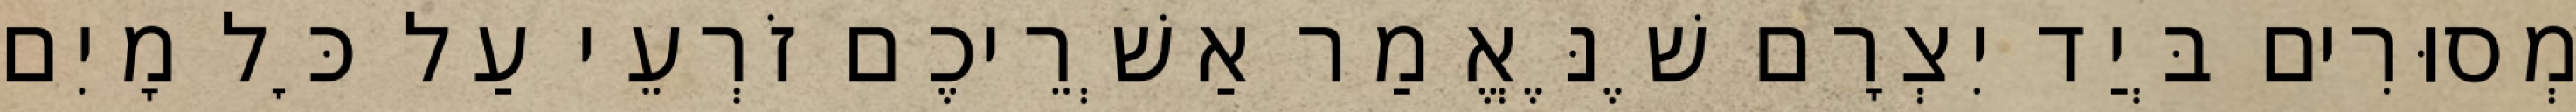
מְסוּרִים בְּיַד יִצְרָם שֶׁנֶּאֱמַר אַשְׁרֵיכֶם זֹרְעֵי עַל כׇּל מָיִם